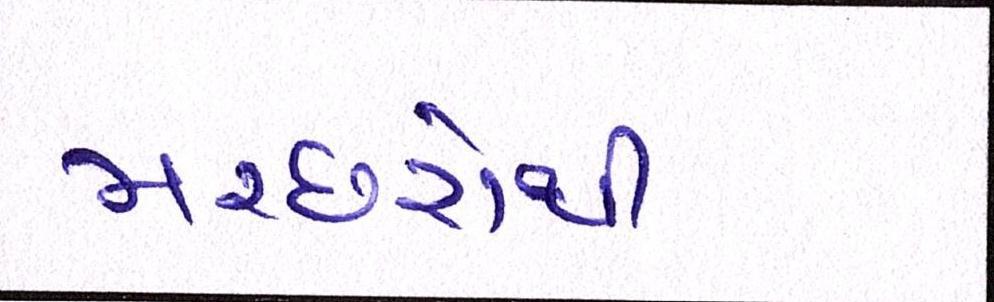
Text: મચ્છરોથી